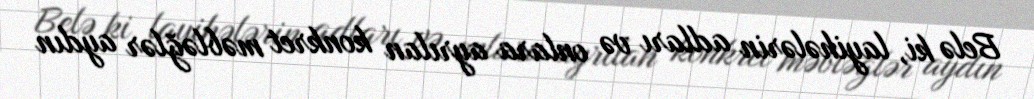
Belə ki, layihələrin adları və onlara ayrılan konkret məbləğlər aydın